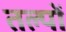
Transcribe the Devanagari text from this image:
तल्पों